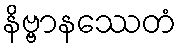
နိဗ္ဗာနဿေတံ